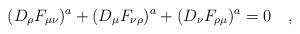
LaTeX: \begin{align*} (D_\rho F_{\mu \nu})^a + (D_\mu F_{\nu \rho})^a + (D_\nu F_{\rho \mu})^a = 0 \quad ,\end{align*}